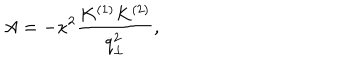
A = - \kappa ^ { 2 } \frac { K ^ { ( 1 ) } K ^ { ( 2 ) } } { q _ { \perp } ^ { 2 } } ,